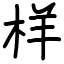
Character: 样